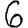
Digit: 6